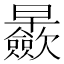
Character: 𱢴